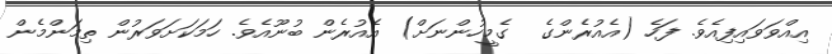
އިއްވަވައިފިއެވެ. ފަހެ (އެއުރެންގެ  ގެމީހުންނަށް) އެއުރެން ބުނޫއެވެ. ހަމަކަށަވަރުން ތިމަންމެން